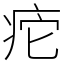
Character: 㾃